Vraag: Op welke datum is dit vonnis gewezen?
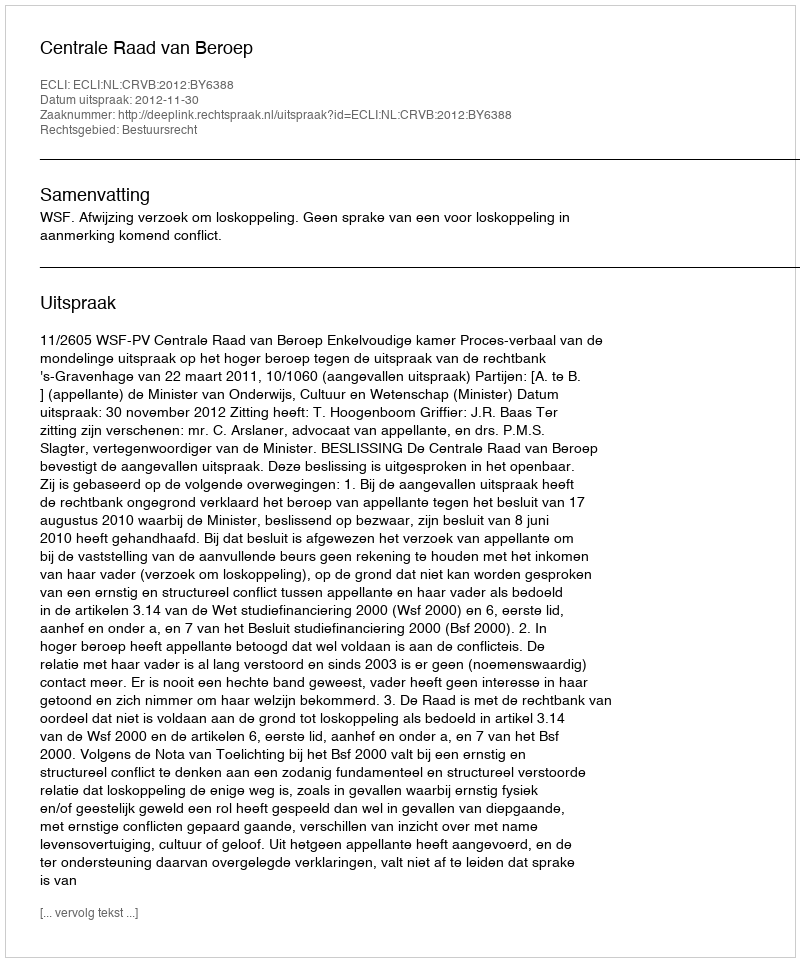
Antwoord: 2012-11-30